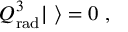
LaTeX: Q _ { \mathrm { r a d } } ^ { 3 } | \ \rangle = 0 \ ,